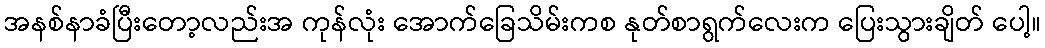
အနစ်နာခံပြီးတော့လည်းအ ကုန်လုံး အောက်ခြေသိမ်းကစ နုတ်စာရွက်လေးက ပြေးသွားချိတ် ပေါ့။